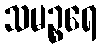
သမဉ္စရေ